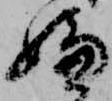
嫌